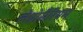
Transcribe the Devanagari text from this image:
लेप्रोसैरियम